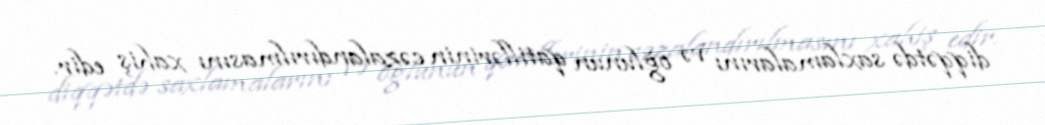
diqqətdə saxlamalarını və oğlunun qatillərinin cəzalandırılmasını xahiş edir.